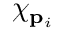
\chi _ { \mathbf { p } _ { i } }